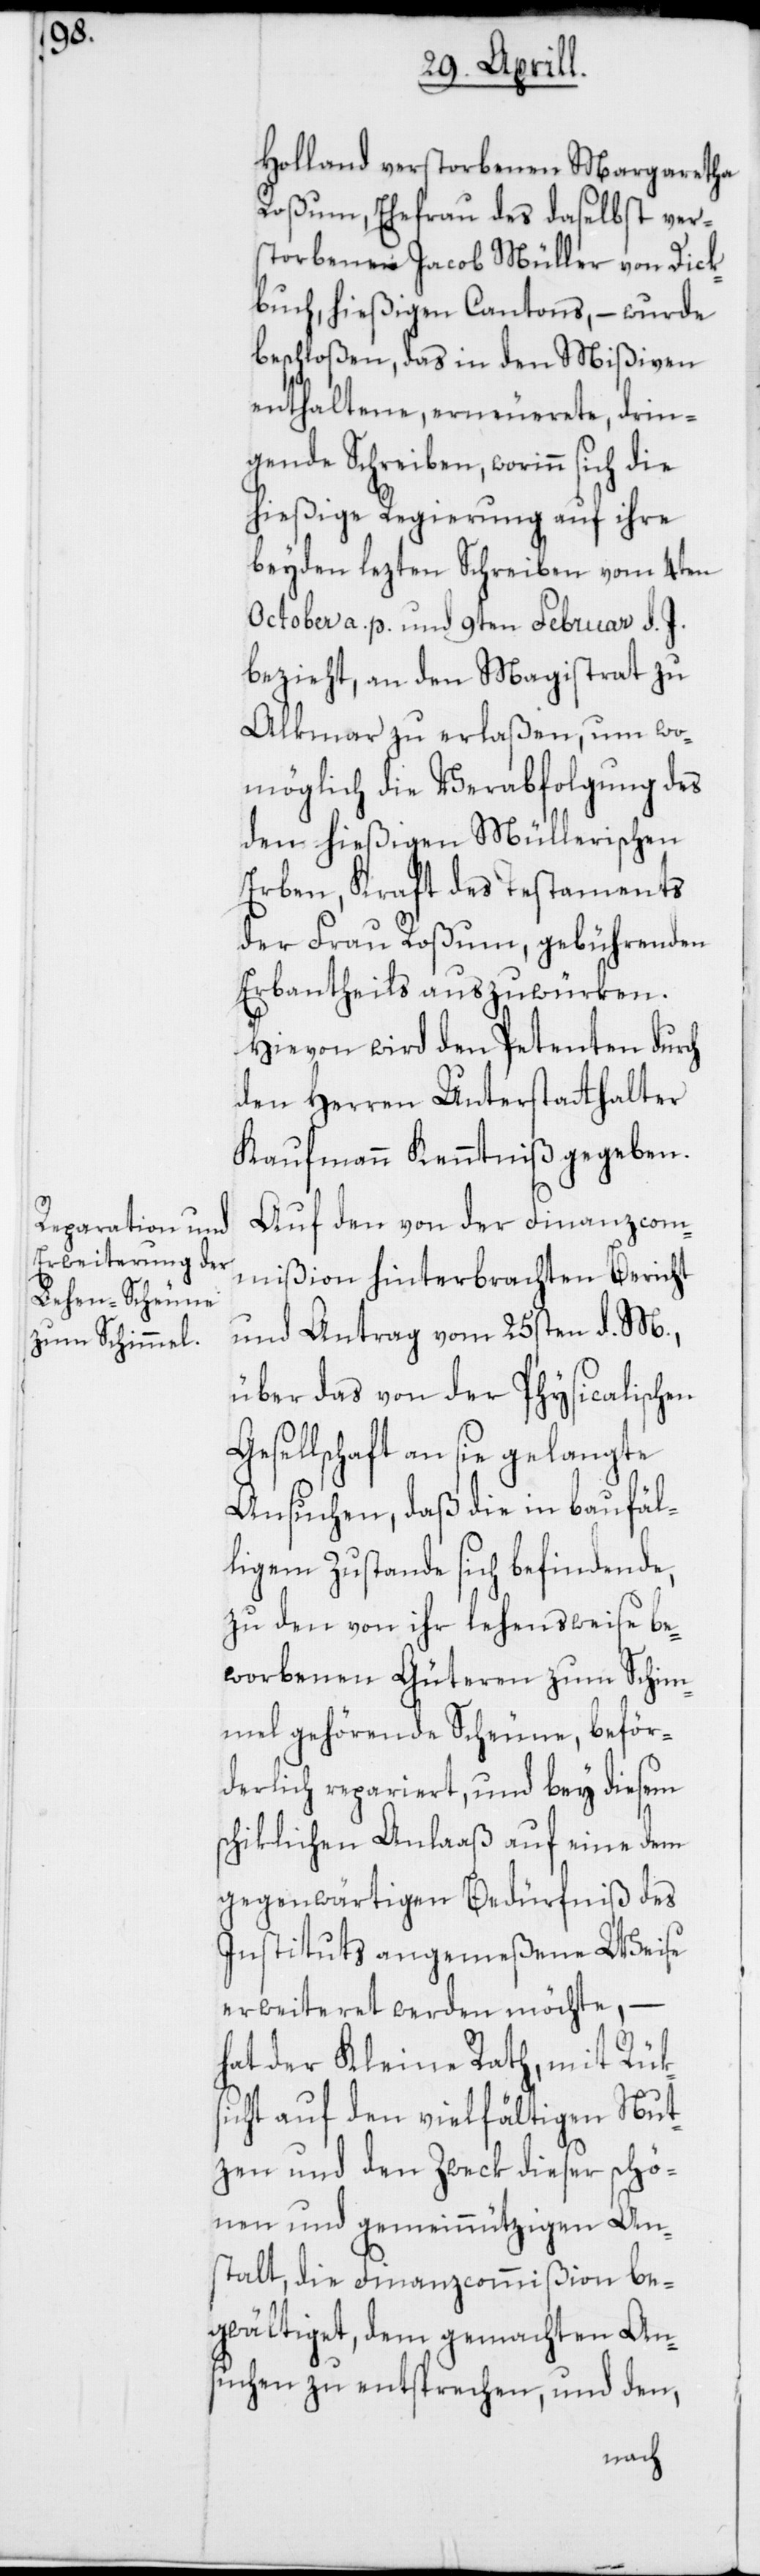
Holland verstorbenen Margaretha
Roßum, Ehefrau des daselbst ver¬
storbenen Jacob Müller von Dick¬
buch, hießigen Cantons, – wurde
beschloßen, das in den Mißiven
enthaltene, erneuerete, drin¬
gende Schreiben, worinn sich die
hießige Regierung auf ihre
beyden lezten Schreiben vom 4ten
October a. p. und 9ten Februar d. J.
bezieht, an den Magistrat zu
Alkmaar zu erlaßen, um wo¬
möglich die Verabfolgung des
dem hießigen Müllerischen
Erben, Kraft des Testaments
der Frau Roßum, gebührenden
Erbantheils auszuwürken.
Hievon wird dem Petenten durch
den Herren Unterstatthalter
Kaufmann Kenntniß gegeben.
Auf den von der Finanzcom¬
mißion hinterbrachten Bericht
und Antrag vom 25sten d. M.,
über das von der Physicalischen
Gesellschaft an sie gelangte
Ansuchen, daß die in baufäl¬
ligem Zustande sich befindende,
zu den von ihr lehensweise be¬
worbenen Güteren zum Schim¬
mel gehördende Scheune, beför¬
derlich repariert, und bey diesem
schiklichen Anlaaß auf eine dem
gegenwärtigen Bedürfniß des
Instituts angemeßene Weise
erweiteret werden möchte, –
hat der Kleine Rath, mit Rüks¬
icht auf den vielfältigen Nut¬
zen und den Zweck dieser schö¬
nen und gemeinnützigen An¬
stalt, die Finanzcommißion be¬
gwältiget, dem gemachten An¬
suchen zu entsprechen, und den,